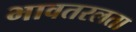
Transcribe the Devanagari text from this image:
भावतरलता